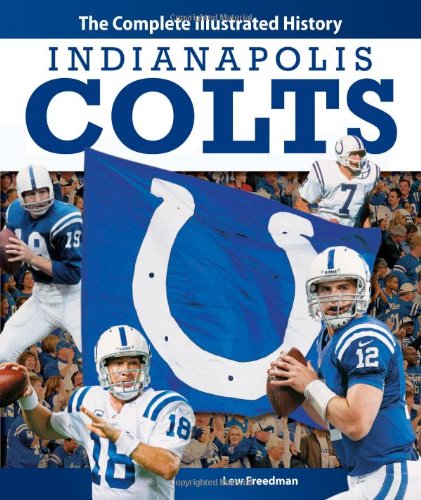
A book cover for Indianapolis Colts: The Complete Illustrated History; Lew Freedman; Travel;